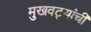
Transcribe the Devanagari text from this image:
मुखवट्यांची